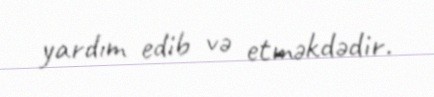
yardım edib və etməkdədir.